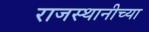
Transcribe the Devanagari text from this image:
राजस्थानीच्या